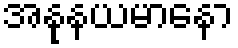
အနုနယမာနော